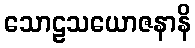
သောဠသယောဇနာနိ